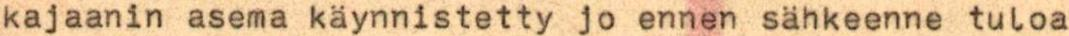
kajaanin asema käynnistetty jo ennen sähkeenne tuloa